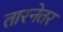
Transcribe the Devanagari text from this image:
तारनेतर